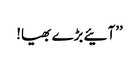
’’آئیے بڑے بھیا!